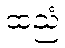
ထညံ